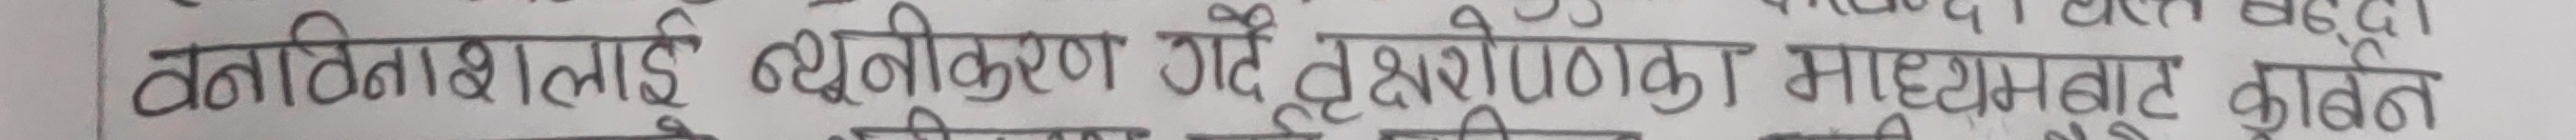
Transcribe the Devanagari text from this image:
वस्तिवशलाई वैधानीकरण गर्दै वृक्षारोपणक माध्यमबाट कार्बन